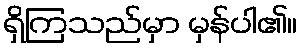
ရှိကြသည်မှာ မှန်ပါ၏။